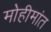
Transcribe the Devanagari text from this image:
मोहीमांत